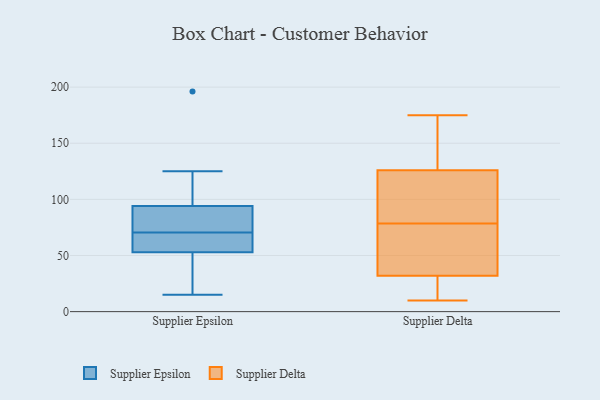
{"axis": {"x": "Humidity (%)", "y": "Value"}, "legend": ["Supplier Delta", "Supplier Epsilon"], "data": [{"x": "", "y": 17, "type": "Supplier Epsilon"}, {"x": "", "y": 196, "type": "Supplier Epsilon"}, {"x": "", "y": 20, "type": "Supplier Epsilon"}, {"x": "", "y": 59, "type": "Supplier Epsilon"}, {"x": "", "y": 58, "type": "Supplier Epsilon"}, {"x": "", "y": 74, "type": "Supplier Epsilon"}, {"x": "", "y": 67, "type": "Supplier Epsilon"}, {"x": "", "y": 100, "type": "Supplier Epsilon"}, {"x": "", "y": 82, "type": "Supplier Epsilon"}, {"x": "", "y": 94, "type": "Supplier Epsilon"}, {"x": "", "y": 125, "type": "Supplier Epsilon"}, {"x": "", "y": 15, "type": "Supplier Epsilon"}, {"x": "", "y": 53, "type": "Supplier Epsilon"}, {"x": "", "y": 89, "type": "Supplier Epsilon"}, {"x": "", "y": 20, "type": "Supplier Delta"}, {"x": "", "y": 28, "type": "Supplier Delta"}, {"x": "", "y": 168, "type": "Supplier Delta"}, {"x": "", "y": 105, "type": "Supplier Delta"}, {"x": "", "y": 40, "type": "Supplier Delta"}, {"x": "", "y": 175, "type": "Supplier Delta"}, {"x": "", "y": 94, "type": "Supplier Delta"}, {"x": "", "y": 84, "type": "Supplier Delta"}, {"x": "", "y": 120, "type": "Supplier Delta"}, {"x": "", "y": 73, "type": "Supplier Delta"}, {"x": "", "y": 22, "type": "Supplier Delta"}, {"x": "", "y": 10, "type": "Supplier Delta"}, {"x": "", "y": 36, "type": "Supplier Delta"}, {"x": "", "y": 60, "type": "Supplier Delta"}, {"x": "", "y": 146, "type": "Supplier Delta"}, {"x": "", "y": 132, "type": "Supplier Delta"}, {"x": "", "y": 158, "type": "Supplier Delta"}, {"x": "", "y": 71, "type": "Supplier Delta"}, {"x": "", "y": 23, "type": "Supplier Delta"}, {"x": "", "y": 120, "type": "Supplier Delta"}]}